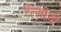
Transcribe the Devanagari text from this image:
रेंत्सीची